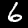
Digit: 6